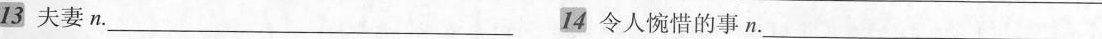
13夫妻.___ 14令人惋惜的事n.___